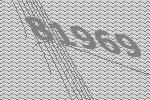
81969